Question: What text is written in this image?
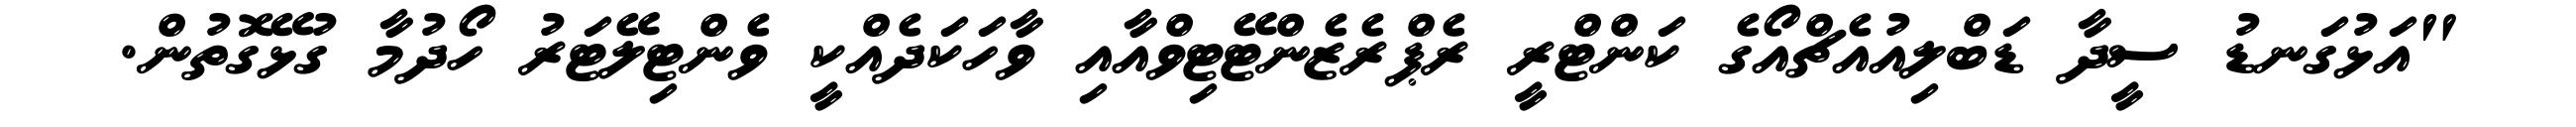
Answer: "އަޅުގަނޑު ސީދާ ޑަބްލިއުއެޗްއޯގެ ކަންޓްރީ ރެޕްރެޒެންޓޭޓިވްއާއި ވާހަކަދެއްކީ ވެންޓިލޭޓަރު ހޯދުމާ ގުޅޭގޮތުން.